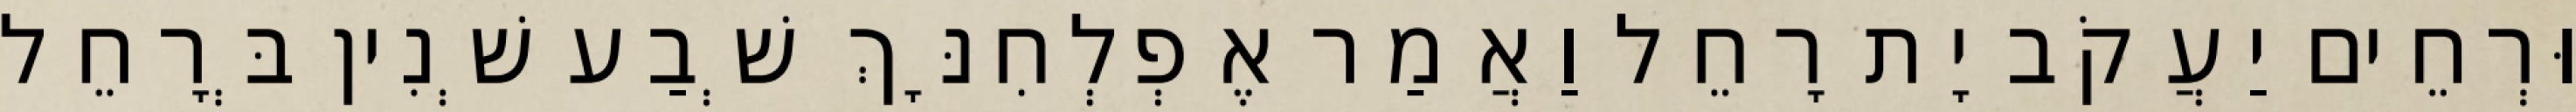
וּרְחֵים יַעֲקֹב יָת רָחֵל וַאֲמַר אֶפְלְחִנָּךְ שְׁבַע שְׁנִין בְּרָחֵל